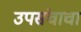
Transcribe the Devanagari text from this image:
उपसंचाचा